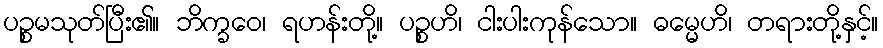
ပဉ္စမသုတ်ပြီး၏။ ဘိက္ခဝေ၊ ရဟန်းတို့။ ပဉ္စဟိ၊ ငါးပါးကုန်သော။ ဓမ္မေဟိ၊ တရားတို့နှင့်။